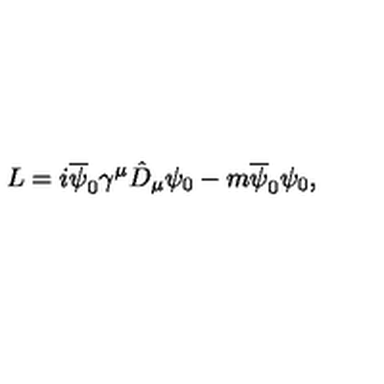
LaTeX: L = i \overline { { \psi } } _ { 0 } { \gamma } ^ { \mu } \hat { D } _ { \mu } { \psi } _ { 0 } - m \overline { { \psi } } _ { 0 } { \psi } _ { 0 } ,